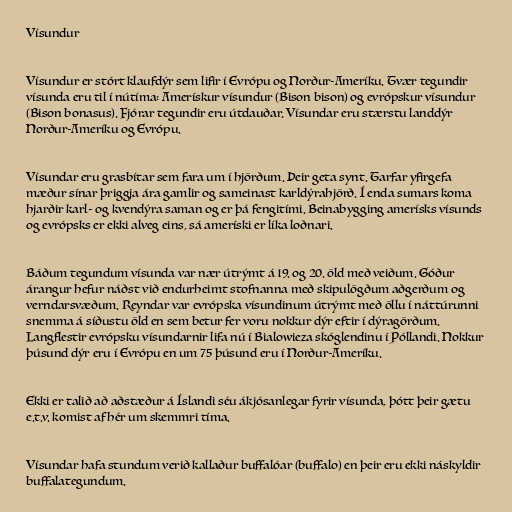
Vísundur

Vísundur er stórt klaufdýr sem lifir í Evrópu og Norður-Ameríku. Tvær tegundir
vísunda eru til í nútíma: Amerískur vísundur (Bison bison) og evrópskur vísundur
(Bison bonasus). Fjórar tegundir eru útdauðar. Vísundar eru stærstu landdýr
Norður-Ameríku og Evrópu.

Vísundar eru grasbítar sem fara um í hjörðum. Þeir geta synt. Tarfar yfirgefa
mæður sínar þriggja ára gamlir og sameinast karldýrahjörð. Í enda sumars koma
hjarðir karl- og kvendýra saman og er þá fengitími. Beinabygging amerísks vísunds
og evrópsks er ekki alveg eins, sá ameríski er líka loðnari.

Báðum tegundum vísunda var nær útrýmt á 19. og 20. öld með veiðum. Góður
árangur hefur náðst við endurheimt stofnanna með skipulögðum aðgerðum og
verndarsvæðum. Reyndar var evrópska vísundinum útrýmt með öllu í náttúrunni
snemma á síðustu öld en sem betur fer voru nokkur dýr eftir í dýragörðum.
Langflestir evrópsku vísundarnir lifa nú í Bialowieza skóglendinu í Póllandi. Nokkur
þúsund dýr eru í Evrópu en um 75 þúsund eru í Norður-Ameríku.

Ekki er talið að aðstæður á Íslandi séu ákjósanlegar fyrir vísunda, þótt þeir gætu
e.t.v. komist af hér um skemmri tíma.

Vísundar hafa stundum verið kallaður buffalóar (buffalo) en þeir eru ekki náskyldir
buffalategundum.